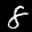
Label: 8